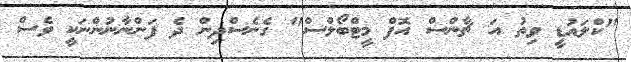
"ކްލައުޑީ ވިތު އަ ޗާންސް އޮފް މީޓްބޯލްސް" ގެނެސްދިން ދެ ފަންނާނުންނަކީ ވެސް